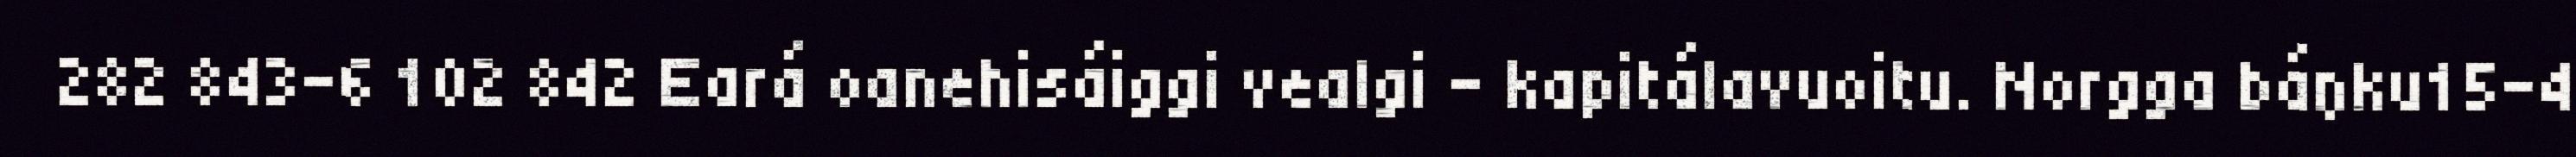
282 843-6 102 842 Eará oanehisáiggi vealgi - kapitálavuoitu. Norgga báŋku15-4